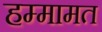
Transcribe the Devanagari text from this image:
हम्मामत